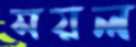
সয়ল